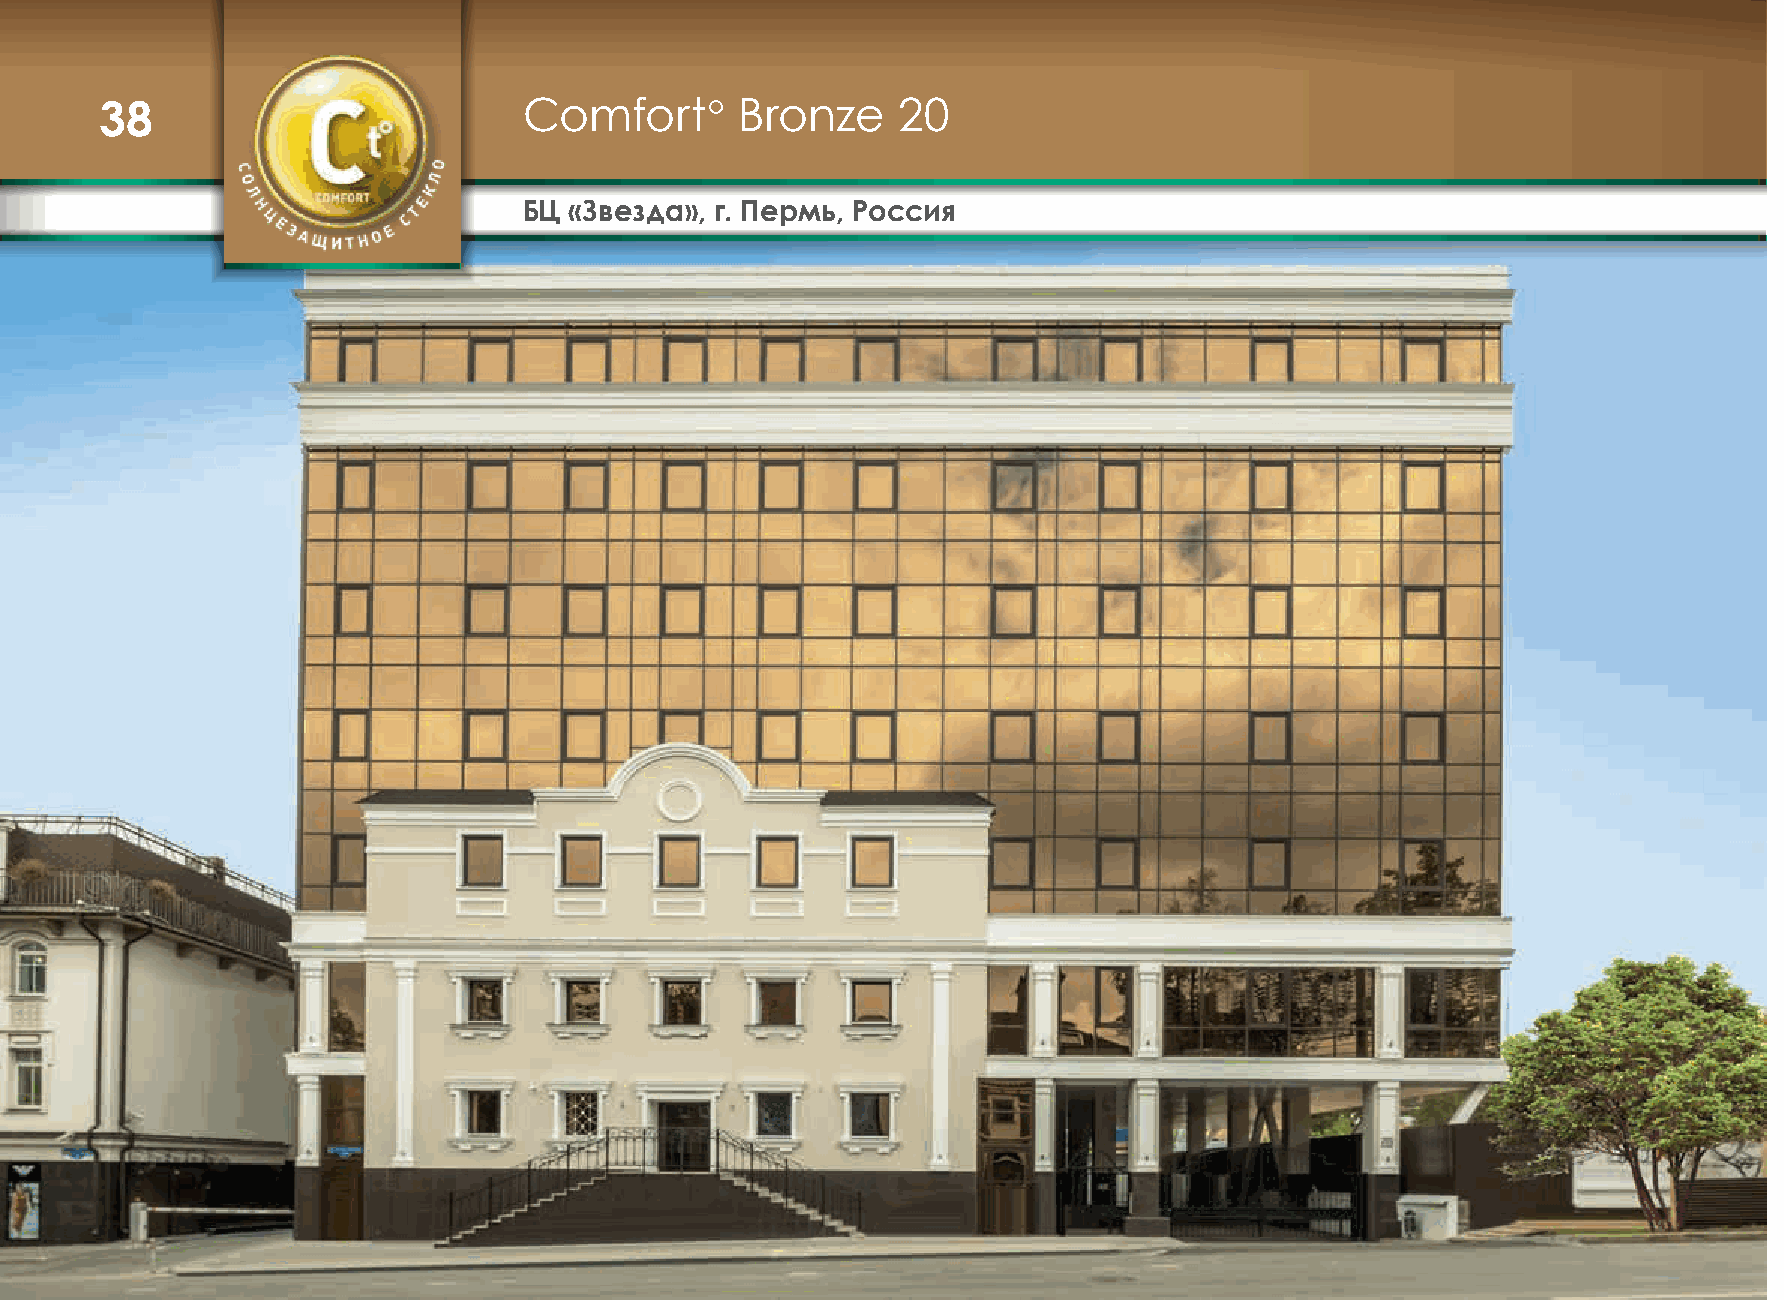
38                          Comfort°      Bronze    20
 БЦ «Звезда», г. Пермь, Россия